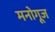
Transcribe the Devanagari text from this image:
मनोगूज